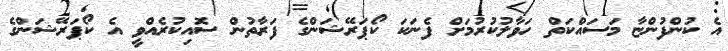
އެ ކުންފުންޏާ މަސައްކަތް ހަވާލުކުރުމަށް ފެނަކަ ކޯޕަރޭޝަންގެ ފަރާތުން ސޮއިކުރެއްވީ އެ ކޯޕަރޭޝަންގެ